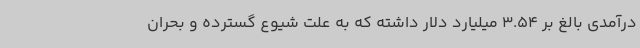
درآمدی بالغ بر 3.54 میلیارد دلار داشته که به علت شیوع گسترده و بحران